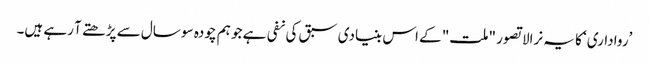
’رواداری‘ کا یہ نرالا تصور "ملت" کے اس بنیادی سبق کی نفی ہے جو ہم چودہ سو سال سے پڑھتے آ رہے ہیں۔